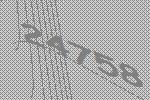
24758